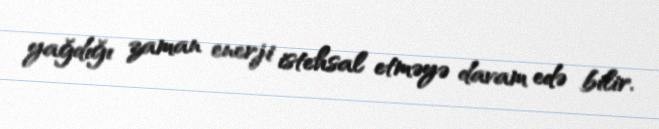
yağdığı zaman enerji istehsal etməyə davam edə bilir.